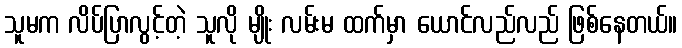
သူမက လိပ်ပြာလွင့်တဲ့ သူလို မျိုး လမ်းမ ထက်မှာ ယောင်လည်လည် ဖြစ်နေတယ်။